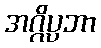
အဂ္ဂိပ္ပဘာ